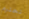
تحترم